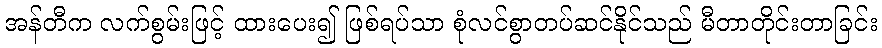
အန်တီက လက်စွမ်းဖြင့် ထားပေး၍ ဖြစ်ရပ်သာ စုံလင်စွာတပ်ဆင်နိုင်သည် မီတာတိုင်းတာခြင်း